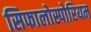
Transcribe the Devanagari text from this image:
सिफालोस्पोरियम